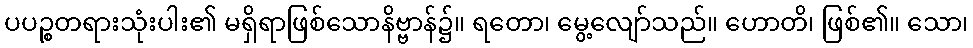
ပပဉ္စတရားသုံးပါး၏ မရှိရာဖြစ်သောနိဗ္ဗာန်၌။ ရတော၊ မွေ့လျော်သည်။ ဟောတိ၊ ဖြစ်၏။ သော၊